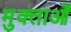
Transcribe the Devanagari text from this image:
मुक्ताओं